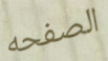
الصفحه